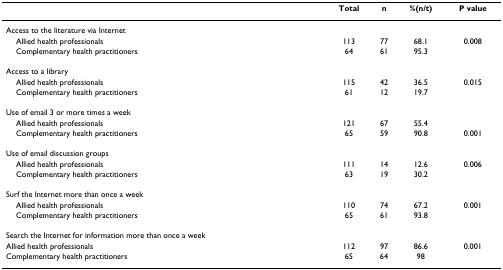
<table><thead><tr><td></td><td><b>Total</b></td><td><b>n</b></td><td><b>%(n/t)</b></td><td><b>P value</b></td></tr></thead><tbody><tr><td>Access to the literature via Internet</td><td></td><td></td><td></td><td></td></tr><tr><td> Allied health professionals</td><td>113</td><td>77</td><td>68.1</td><td>0.008</td></tr><tr><td> Complementary health practitioners</td><td>64</td><td>61</td><td>95.3</td><td></td></tr><tr><td>Access to a library</td><td></td><td></td><td></td><td></td></tr><tr><td> Allied health professionals</td><td>115</td><td>42</td><td>36.5</td><td>0.015</td></tr><tr><td> Complementary health practitioners</td><td>61</td><td>12</td><td>19.7</td><td></td></tr><tr><td>Use of email 3 or more times a week</td><td></td><td></td><td></td><td></td></tr><tr><td> Allied health professionals</td><td>121</td><td>67</td><td>55.4</td><td></td></tr><tr><td> Complementary health practitioners</td><td>65</td><td>59</td><td>90.8</td><td>0.001</td></tr><tr><td>Use of email discussion groups</td><td></td><td></td><td></td><td></td></tr><tr><td> Allied health professionals</td><td>111</td><td>14</td><td>12.6</td><td>0.006</td></tr><tr><td> Complementary health practitioners</td><td>63</td><td>19</td><td>30.2</td><td></td></tr><tr><td>Surf the Internet more than once a week</td><td></td><td></td><td></td><td></td></tr><tr><td> Allied health professionals</td><td>110</td><td>74</td><td>67.2</td><td>0.001</td></tr><tr><td> Complementary health practitioners</td><td>65</td><td>61</td><td>93.8</td><td></td></tr><tr><td>Search the Internet for information more than once a week</td><td></td><td></td><td></td><td></td></tr><tr><td>Allied health professionals</td><td>112</td><td>97</td><td>86.6</td><td>0.001</td></tr><tr><td>Complementary health practitioners</td><td>65</td><td>64</td><td>98</td><td></td></tr></tbody></table>